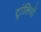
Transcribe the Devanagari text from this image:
ट्रांलियों